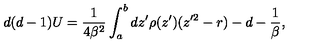
d ( d - 1 ) U = { \frac { 1 } { 4 \beta ^ { 2 } } } \int _ { a } ^ { b } d z ^ { \prime } \rho ( z ^ { \prime } ) ( z ^ { \prime 2 } - r ) - d - { \frac { 1 } { \beta } } ,